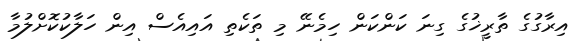
އިރާގުގެ ތާރީޚުގެ ގިނަ ކަންކަން ހިމެނޭ މި ތަކެތި އައިއެސް އިން ހަލާކުކޮށްލުމާ